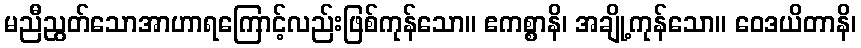
မညီညွတ်သောအာဟာရကြောင့်လည်းဖြစ်ကုန်သော။ ဧကစ္စာနိ၊ အချို့ကုန်သော။ ဝေဒယိတာနိ၊